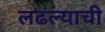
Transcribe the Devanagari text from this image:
लढल्याची